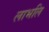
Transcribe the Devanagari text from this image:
लाभलि